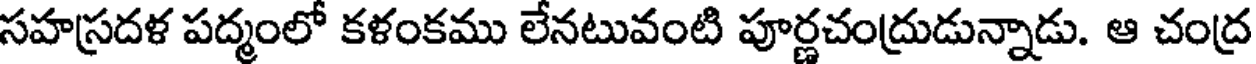
సహస్రదళ పద్మంలో కళంకము లేనటువంటి పూర్ణచంద్రుడున్నాడు. ఆ చంద్ర